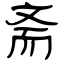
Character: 斋